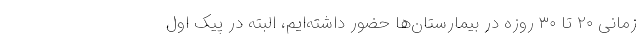
زمانی ۲۰ تا ۳۰ روزه در بیمارستان‌ها حضور داشته‌ایم، البته در پیک اول